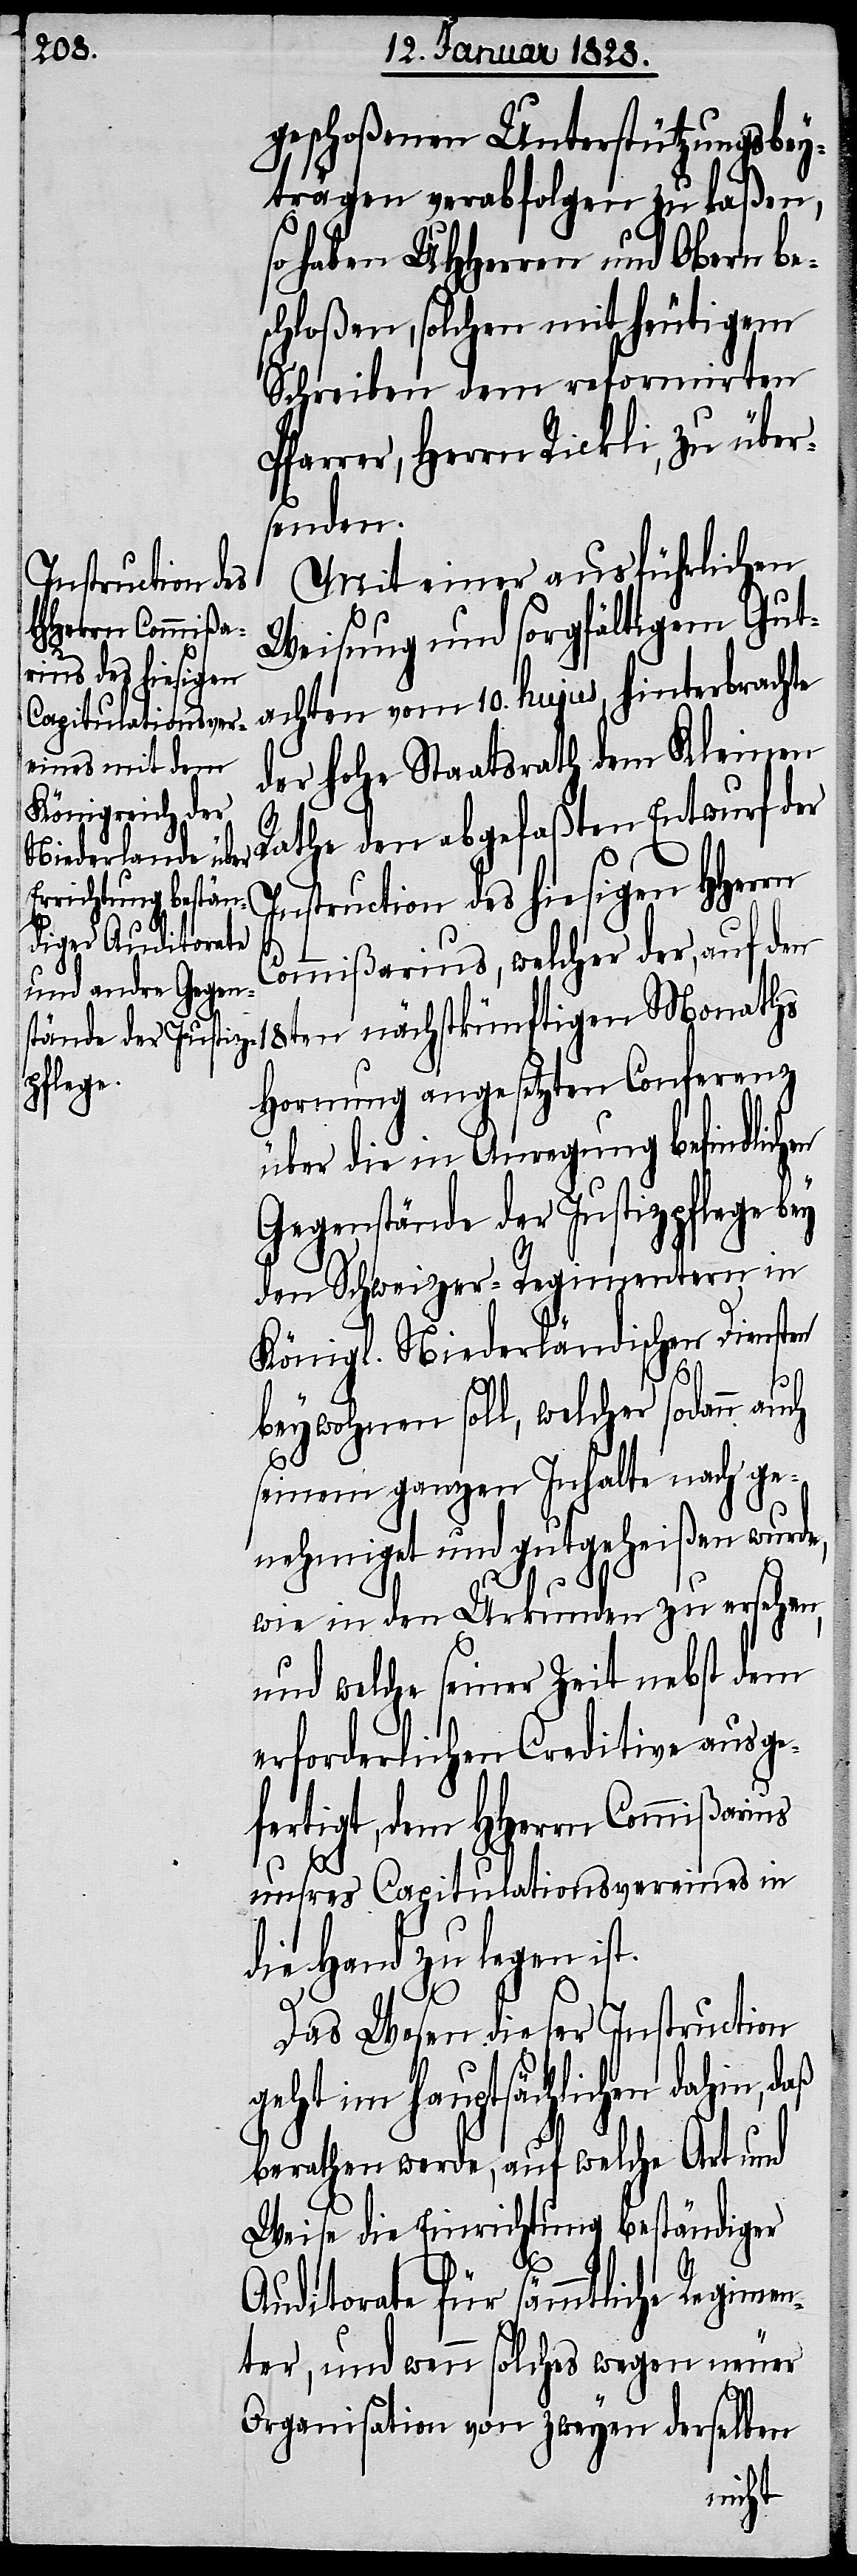
geschloßenen Unterstützungsbey¬
trägen verabfolgen zu laßen,
so haben UHHerren und Obern be¬
schloßen, solchen mit heutigem
Schreiben dem reformirten
Pfarrer, Herrn Rickli, zu übers¬
enden.
Mit einer ausführlichen
Weisung und sorgfältigem Gut¬
achten vom 10. hujus hinterbrachte
der hohe Staatsrath dem Kleinen
Rathe den abgefaßten Entwurf der
Instruction des hiesigen HHerrn
Commißarius, welcher der, auf den
18ten nächstkünftigen Monaths
Hornung angesetzten Conferenz
über die Anregung befindlichen
Gegenstände der Justizpflege bey
den Schweizer-Regimentern in
Königl. Niederländischen Diensten
beywohnen soll, welcher sodann au¬
ch
seinem ganzen Inhalte nach ge¬
nehmiget und gutgeheißen wurde,
und welche seiner Zeit nebst dem
erforderlichen Creditive ausge¬
fertigt, dem HHerrn Commißarius
unsres Capitulationsvereines in
die Hand zu legen ist.
Das Wesen dieser Instruction
geht im hauptsächlichen dahin, daß
berathen werde, auf welche Art und
Weise die Einrichtung beständiger
Auditorate für sämmtliche Regimen¬
ter, und wenn solches wegen neuer
Organisation von zweyen derselben